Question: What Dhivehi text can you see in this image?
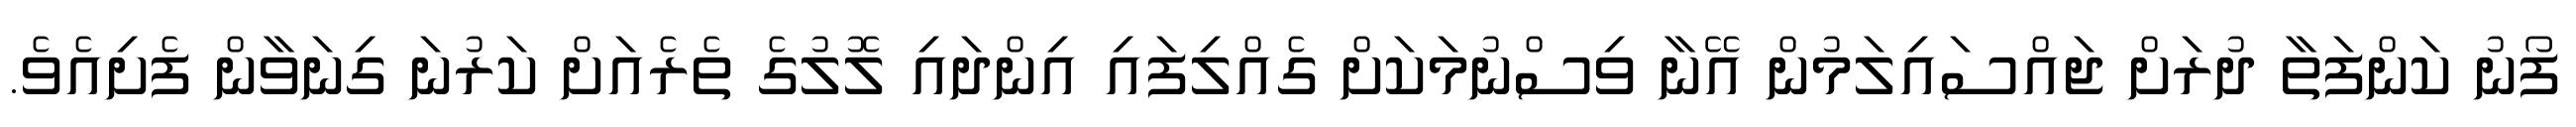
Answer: ފޯނު ކަންފަތާ ދުރަށް ޖައްސައިލަމުން އޭނާ ވިސްނުމަކަށް ގެއްލިފައި އިންދައި ލޮލުގެ ތެރެއަށް ކަރުނަ ގިނަވާން ފެށިއެވެ.